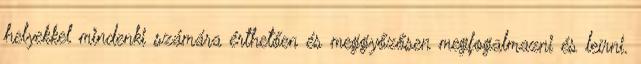
helyekkel mindenki számára érthetően és meggyőzősen megfogalmazni és leírni.